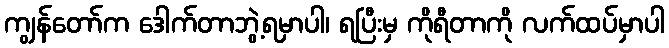
ကျွန်တော်က ဒေါက်တာဘွဲ့ရမှာပါ၊ ရပြီးမှ ကိုရီတာကို လက်ထပ်မှာပါ